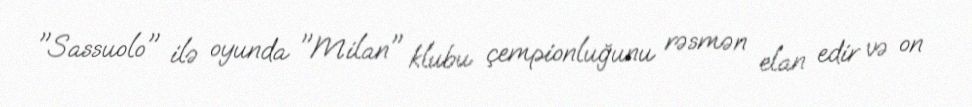
"Sassuolo" ilə oyunda "Milan" klubu çempionluğunu rəsmən elan edir və on